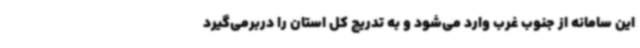
این سامانه از جنوب غرب وارد می‌شود و به تدریج کل استان را دربرمی‌گیرد